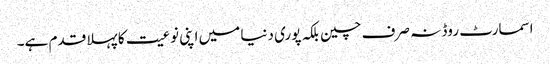
اسمارٹ روڈ نہ صرف چین بلکہ پوری دنیا میں اپنی نوعیت کا پہلا قدم ہے۔